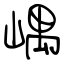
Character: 嵎